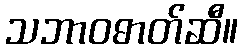
သဘာဝဓာတ်ဆီ။